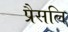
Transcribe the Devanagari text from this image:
प्रैसलि